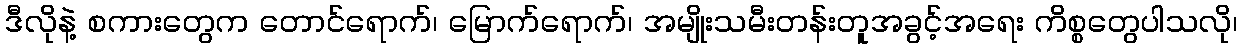
ဒီလိုနဲ့ စကားတွေက တောင်ရောက်၊ မြောက်ရောက်၊ အမျိုးသမီးတန်းတူအခွင့်အရေး ကိစ္စတွေပါသလို၊